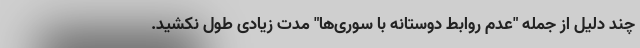
چند دلیل از جمله "عدم روابط دوستانه با سوری‌ها" مدت زیادی طول نکشید.